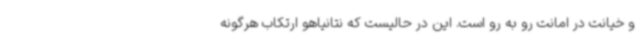
و خیانت در امانت رو به رو است. این در حالیست که نتانیاهو ارتکاب هرگونه